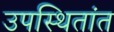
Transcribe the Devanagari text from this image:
उपस्थितांत